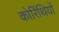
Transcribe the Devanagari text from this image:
कोरिंथियों